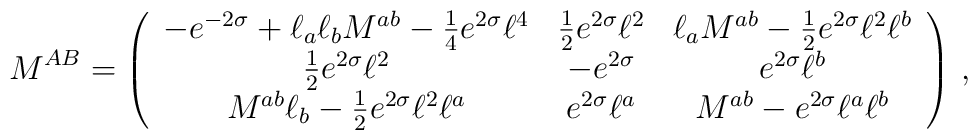
M^{AB} =  \left(  \begin{array}{ccc}  -e^{-2\sigma} + \ell_a \ell_b { { M}}^{ab}  -\frac{1}{4}e^{2\sigma}{\ell}^4&  \frac{1}{2}e^{2{\sigma}}{\ell}^2&  {\ell}_a{ M}^{ab} - \frac{1}{2}e^{2{\sigma}}{\ell}^2  {\ell}^b \cr  \frac{1}{2}e^{2{\sigma}}{\ell}^2&  -e^{2\sigma}&  e^{2{\sigma}}{\ell}^b\cr  { M}^{ab}{\ell}_b - \frac{1}{2}e^{2{\sigma}}{\ell}^2  {\ell}^a &  e^{2{\sigma}}{\ell}^a&  { M}^{ab} - e^{2\sigma}{\ell}^a{\ell}^b  \end{array}  \right)\, ,